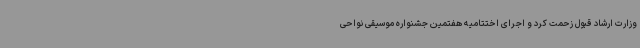
وزارت ارشاد قبول زحمت کرد و اجرای اختتامیه هفتمین جشنواره موسیقی نواحی